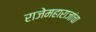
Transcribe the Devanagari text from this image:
राजेमहाराजांचा